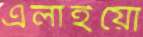
এলাইয়ো